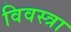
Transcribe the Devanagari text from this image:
विवस्त्रा